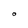
Character: O